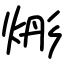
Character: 烿